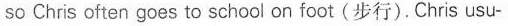
so Chris often goes to school on foot(步行). Chris usu-